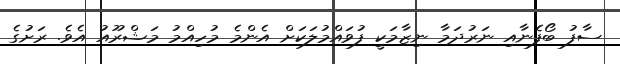
ސާފު ބޯފެނާއި ނަރުދަމާ ނިޒާމަކީ ފުވައްމުލަކަށް އެންމެ މުހިއްމު މަޝްރޫއު އެވެ. ރަށުގެ